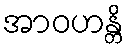
အာဝဟန္တိ